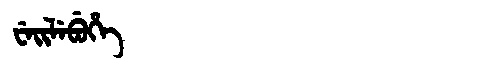
Manchu: ᠸᡝᡳᠯᡝᠪᡠᡥᡝ
Romanization: WEILEBUHE